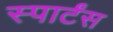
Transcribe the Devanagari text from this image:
स्पार्टंस